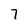
Character: 7